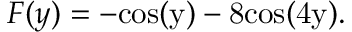
F ( y ) = - \mathrm { { c o s } ( y ) - 8 \mathrm { { c o s } ( 4 y ) . } }